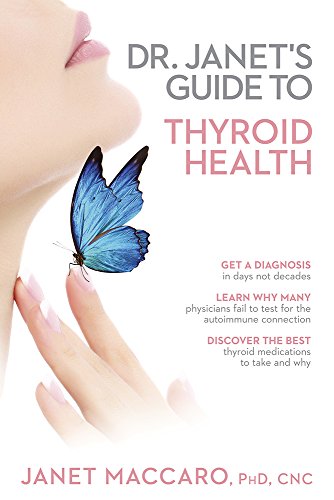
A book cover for Dr. Janet's Guide to Thyroid Health; Janet Maccaro PhD  CNC; Health, Fitness & Dieting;